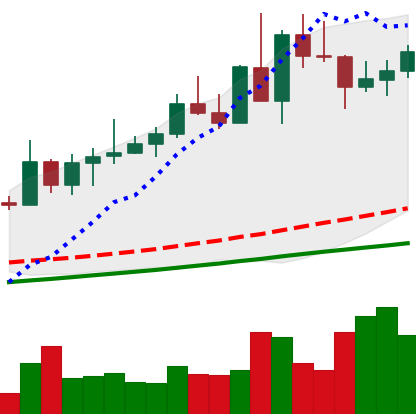
Ticker: NEO-USD
Chart end date: 2020-08-28
Forward return: 10.985%
Label: up_7plus